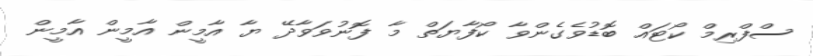
ސްފްރިމް ކޯޓައް ބޮޑުވެގެންވާ ކޯފާޔަތް މާ ފޮނުވަވާދޭ ޔާ އާމީން އާމީން އާމީން